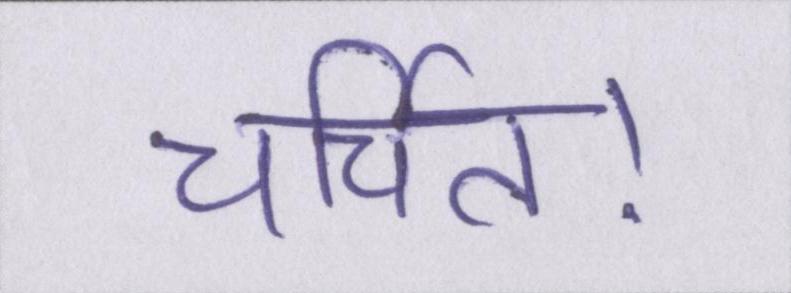
चर्चित।